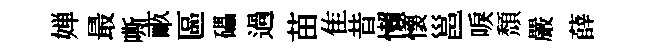
婵最嘶畞區礧過苗隹昔懒懐邕唳頹嚴薛